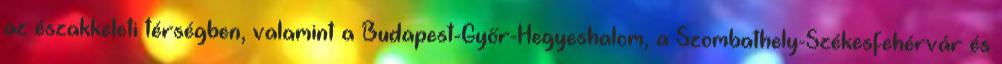
az északkeleti térségben, valamint a Budapest-Győr-Hegyeshalom, a Szombathely-Székesfehérvár és